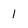
Character: 1